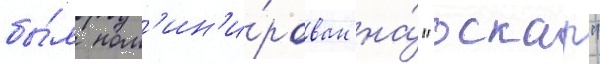
бы́л ном'ин'и́рован на́ "оскар"